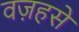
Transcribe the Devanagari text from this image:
वज़हसे